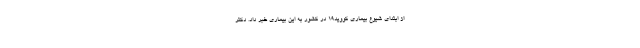
از ابتدای شیوع بیماری کووید19 در کشور به این بیماری خبر داد. دکتر